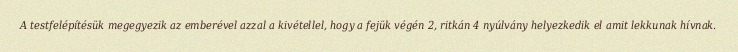
A testfelépítésük megegyezik az emberével azzal a kivétellel, hogy a fejük végén 2, ritkán 4 nyúlvány helyezkedik el amit lekkunak hívnak.